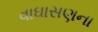
વાઘાસણના